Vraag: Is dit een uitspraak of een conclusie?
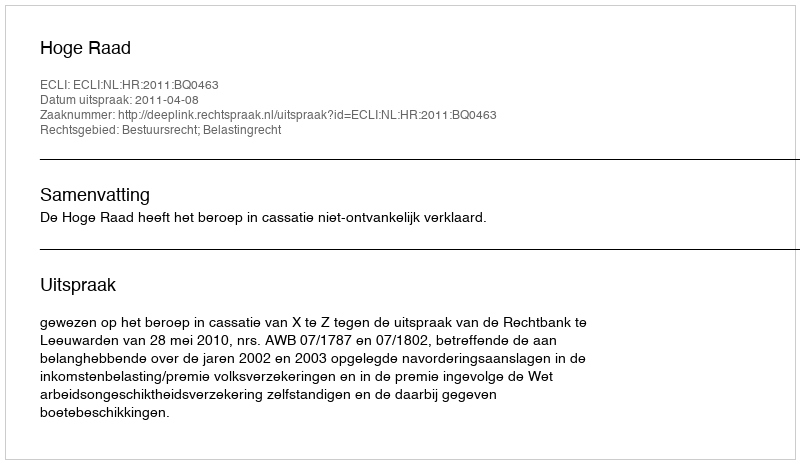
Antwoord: Uitspraak